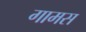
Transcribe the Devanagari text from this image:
गामस